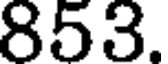
853.